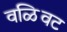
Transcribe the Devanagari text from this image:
वळिवट